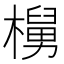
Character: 𬄵